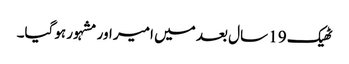
ٹھیک 19 سال بعد میں امیر اور مشہور ہوگیا۔